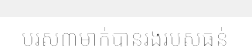
បុរស៣ម្នាក់បានរងរបួសធ្ងន់